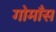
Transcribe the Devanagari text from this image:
गोमाँस